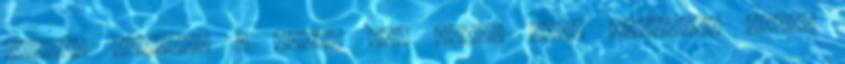
gyenge vagyok. - Neked sem tudok mást mondani, hiába